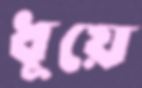
ধূয়ে